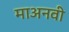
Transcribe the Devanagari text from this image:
माअनवी